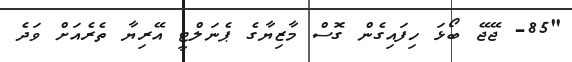
"85- ޖޭޖޭ ބޯޅަ ހިފައިގެން ގޮސް މާޒިޔާގެ ޕެނަލްޓީ އޭރިޔާ ތެރެއަށް ވަދެ